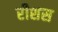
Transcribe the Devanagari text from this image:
रीशस